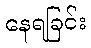
နေရခြင်း